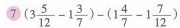
⑦ $$( 3 \frac { 5 } { 1 2 } - 1 \frac { 3 } { 7 } ) - ( 1 \frac { 4 } { 7 } - 1 \frac { 7 } { 1 2 } )$$